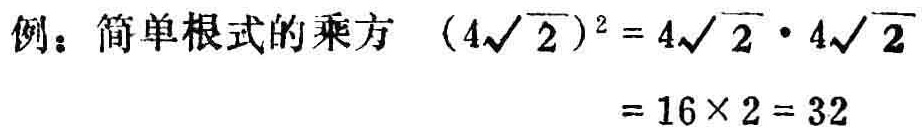
例：简单根式的乘方 \((4\sqrt{2})^{2}=4\sqrt{2}\cdot4\sqrt{2}=16\times 2 = 32\)